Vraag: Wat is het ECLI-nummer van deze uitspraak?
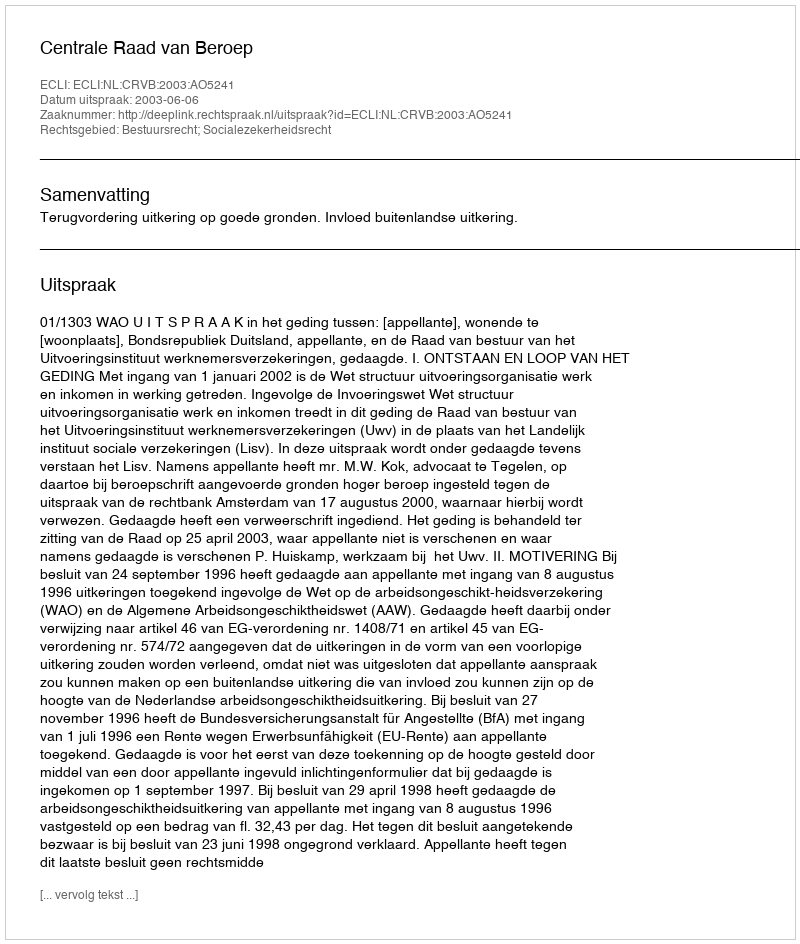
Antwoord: ECLI:NL:CRVB:2003:AO5241